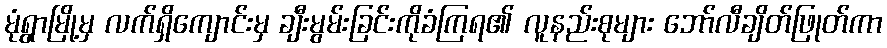
မုံရွာမြို့မှ လက်ရှိကျောင်းမှ ချီးမွမ်းခြင်းကိုခံကြရ၏ လူနည်းစုများ ဘော်လီချိတ်ဖြုတ်ကာ